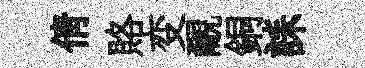
倩賂变覼銅誄